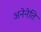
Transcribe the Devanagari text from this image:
अनेनेति